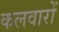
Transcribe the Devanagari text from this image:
कलवारों